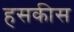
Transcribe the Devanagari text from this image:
हसकीस